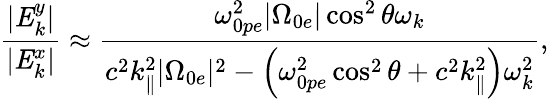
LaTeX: \frac{|\mathit{{E}}_{k}^{y}|}{|\mathit{{E}}_{k}^{x}|}\approx\frac{\omega_{0pe}^{2}|\Omega_{0e}|\cos^{2}\theta\omega_{k}}{c^{2}k_{\parallel}^{2}|\Omega_{0e}|^{2}-\left(\omega_{0pe}^{2}\cos^{2}\theta+c^{2}k_{\parallel}^{2}\right)\omega_{k}^{2}},